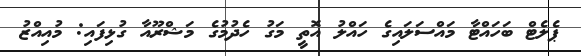
ޕެލެޓް ބަހައްޓާ މައްސަލައިގެ ހައްލު އޮތީ މަގު ހެދުމުގެ މަޝްރޫއާ ގުޅިފައި: މުއިއްޒު